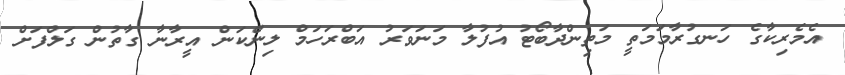
އެމެރިކާގެ ހަނގުރާމަމަތީ މަތިންދާބޯޓު އުފުލާ މަނަވަރު އަބްރަހަމް ލިންކަން އީރާނާ ގާތުން ގަލްފަށް